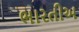
ભારતીઅ